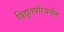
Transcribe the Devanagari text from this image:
विद्युतपरिवर्तन